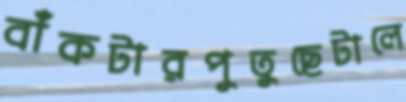
বাঁকটারপুতুছেটালে